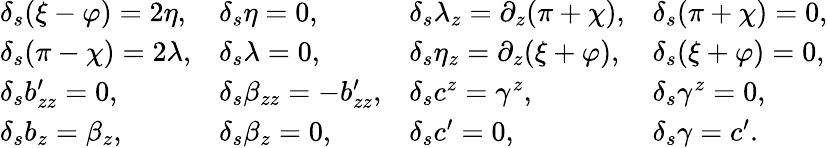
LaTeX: \begin{array}{llll}{{\delta_{s}(\xi-\varphi)=2\eta,}}&{{\delta_{s}\eta=0,}}&{{\delta_{s}\lambda_{z}=\partial_{z}(\pi+\chi),}}&{{\delta_{s}(\pi+\chi)=0,}}\\ {{\delta_{s}(\pi-\chi)=2\lambda,}}&{{\delta_{s}\lambda=0,}}&{{\delta_{s}\eta_{z}=\partial_{z}(\xi+\varphi),}}&{{\delta_{s}(\xi+\varphi)=0,}}\\ {{\delta_{s}b_{zz}^{\prime}=0,}}&{{\delta_{s}\beta_{zz}=-b_{zz}^{\prime},}}&{{\delta_{s}c^{z}=\gamma^{z},}}&{{\delta_{s}\gamma^{z}=0,}}\\ {{\delta_{s}b_{z}=\beta_{z},}}&{{\delta_{s}\beta_{z}=0,}}&{{\delta_{s}c^{\prime}=0,}}&{{\delta_{s}\gamma=c^{\prime}.}}\end{array}